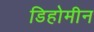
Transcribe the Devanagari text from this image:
डिहोमीन